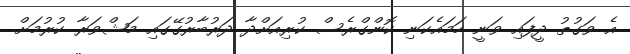
އެ ވަގުތު ދީފައި ވަނީ ހަމައެކަނި ކޮންގްރެސް ކުރިއަށްދާ ދަރުބާރުގޭގައި މަޝްވަރާ ކުރުމަށް.